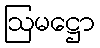
ဩမဋ္ဌော